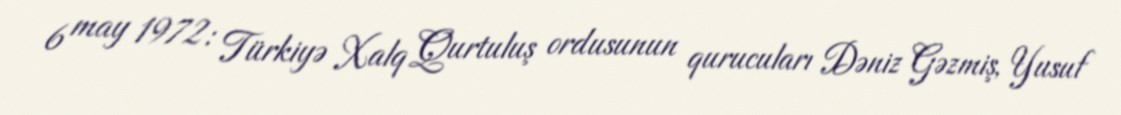
6 may 1972: Türkiyə Xalq Qurtuluş ordusunun qurucuları Dəniz Gəzmiş, Yusuf